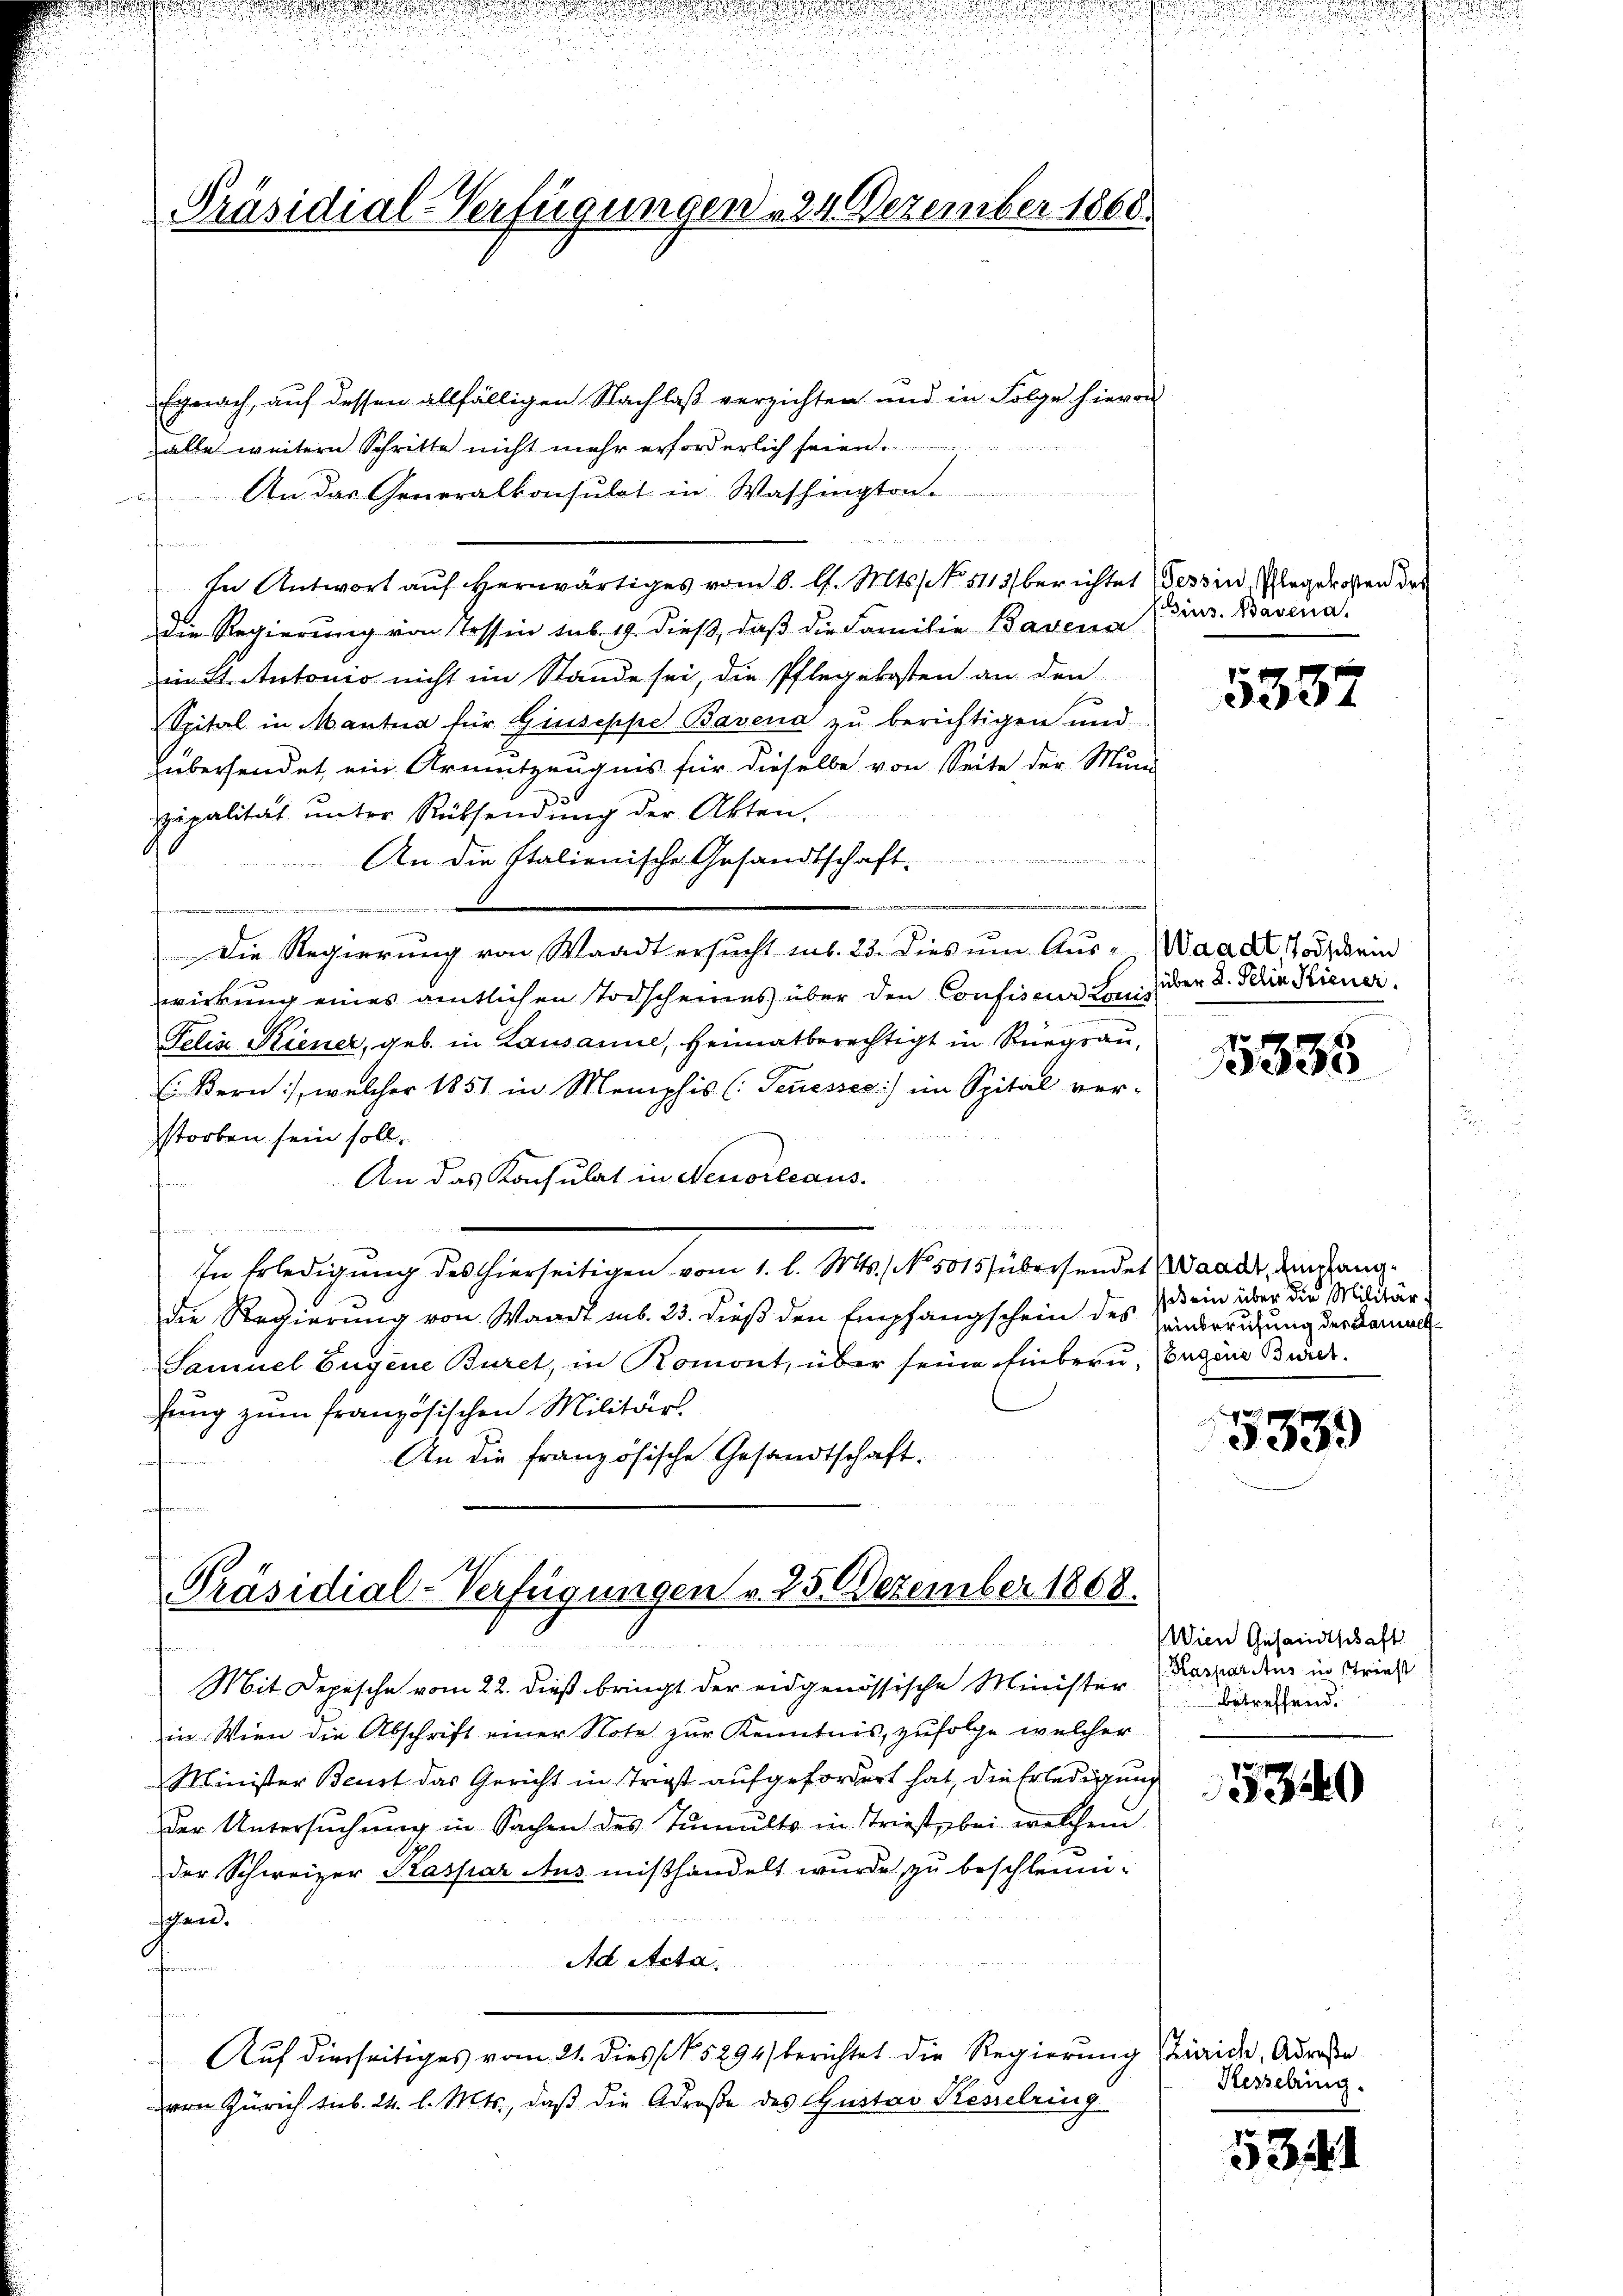
Präsidial-Verfügungen 24 Dezember 1868.

Egnach, auf dessen allfälligen Nachlaß verzichten und in Folge hievon
alle weitern Schritte nicht mehr erforderlich sei
An das Generalkonsulat in Washington

e
In Antwort auf herwärtiges vom 6. d. Mts. No. 5113/ berichtet (Tessin, Plagerosen der
die Regierung von Tessin sub. 19. dieß, daß die Familie Basena
in St. Antonio nicht im Stande sei, die Pflegekosten an den
Spital in Mantua für Giuseppe Bavena zu berichtigen und
hübersendet, ein Armutzeugnis für dieselbe von Seite der Mun
zipalität unter Rüksendung der Akten.
An die Italienische Gesandtschaft.
Die Regierŭng von Waadt ersŭcht sub. 23. Dies ŭm Aŭs-Waadt Todschein
wirkung eines amtlichen Todscheines über den Confisca Beihüber 8. Selin Kiener
Felix Kiener, geb. in Lausanne, Heimatberechtigt in Rüegrau,
 Bern), welcher 1851 in Memphis (Semesses) im Spital ver-
storben sein soll.
An das Konsulat in Neuoreeaus.
In Erledigung des hierseitigen vom 1. l. Mts., No. 5015 übersendet Waadt, Eingangdie Regierung von Waadt sub. 23. dieß den Empfangschein des Hinderrufung der Kamell-
Samuel Eugene Buret, in Romont, über seine Einbrau, Conzen Beurfung zum französischen Militärs.
An die französische Gesandtschaft.
t

Präsidial-Verfügungen v. 25. Dezember 1808.

schen.
Auf dierseitiges vom 21. dies (N. 5294) berichtet die Regierung streide, Adre
von Zürich sieb. 24. l. Mts., daß die Adroße des Gustav Kesselring

Mit Depesche vom 22. dieß bringt der eidgenössische Minister
in Wien die Abschrift einer Note zur Kenntnis, zufolge welcher
Minister Beust das Gericht in Trost aufgefordert hat, die Erledigung
der Untersuchung in Sachen des Tumulto in Stries, bei welchem
der Schweizer Kaspar Aus mißhandelt wurde zu beschleuni¬
Ad Acta

(sius. Basena

5337

5335

ekein über die Militär¬

5339

Wien Gesandtschaft
Kasparatus in Striest
betreffend.

5340

Hesselring.

5341